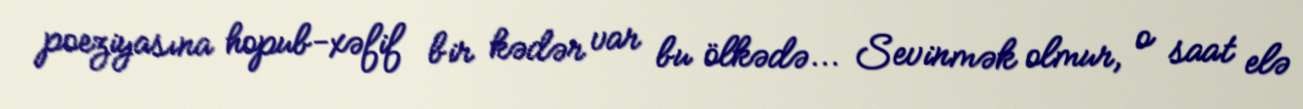
poeziyasına hopub-xəfif bir kədər var bu ölkədə... Sevinmək olmur, o saat elə